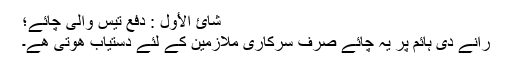
شائ الأول : دفع تیس والی چائے؛
رانے دی ہائم پر یہ چائے صرف سرکاری ملازمین کے لئے دستیاب ھوتی ھے۔